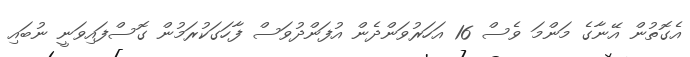
އެގޮތުން އޭނާގެ މަންމަ ވެސް 16 އަހަރުވަންދެން އުފަންދުވަސް ފާހަގަކުރަމުން ގޮސްފައިވަނީ ނުބައި